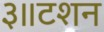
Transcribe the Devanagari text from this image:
३॥टशन